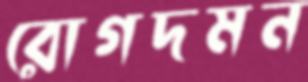
রোগদমন